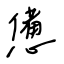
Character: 憊